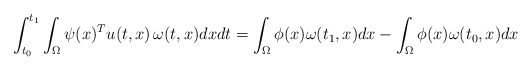
\begin{align*}\int_{t_0}^{t_1} \int_{\Omega} \psi(x)^T u(t,x) \, \omega(t,x) dxdt = \int_{\Omega} \phi(x) \omega(t_1,x) dx - \int_{\Omega} \phi(x) \omega(t_0,x) dx\end{align*}